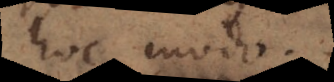
hoc modo: